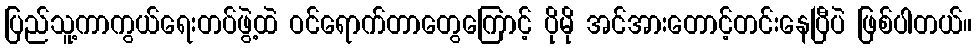
ပြည်သူ့ကာကွယ်ရေးတပ်ဖွဲ့ထဲ ဝင်ရောက်တာတွေကြောင့် ပိုမို အင်အားတောင့်တင်းနေပြီပဲ ဖြစ်ပါတယ်။